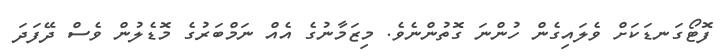
ފޮޓޯގަނޑަކަށް ވެލައިގެން ހުންނަ ގޮތުންނެވެ. މިޒަމާނުގެ އެއް ނަމްބަރުގެ މޮޑެލުން ވެސް ދޭފަދަ